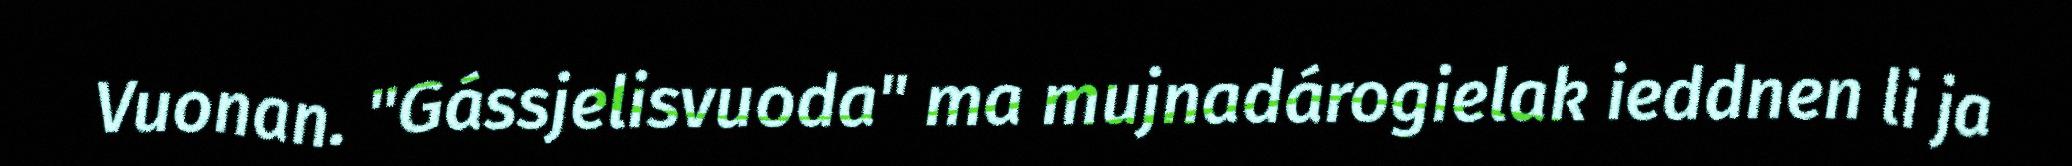
Vuonan. "Gássjelisvuoda" ma mujnadárogielak ieddnen li ja